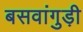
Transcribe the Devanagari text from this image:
बसवांगुड़ी